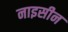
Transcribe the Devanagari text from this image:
नाइसीन